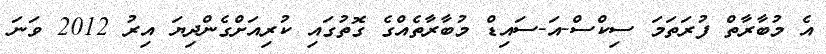
އެ މުބާރާތް ފުރަތަމަ ސިކްސް-އަ-ސައިޑް މުބާރާތެއްގެ ގޮތުގައި ކުރިއަށްގެންދިޔަ އިރު 2012 ވަނަ